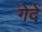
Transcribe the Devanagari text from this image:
गेदें